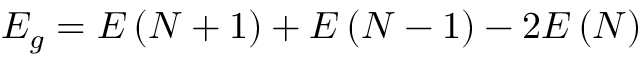
E _ { g } = E \left( N + 1 \right) + E \left( N - 1 \right) - 2 E \left( N \right)